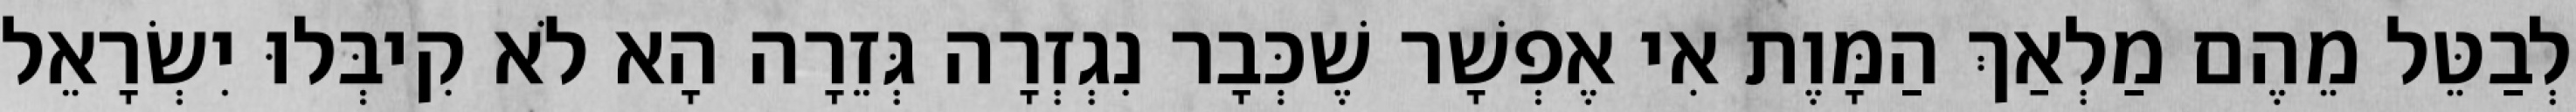
לְבַטֵּל מֵהֶם מַלְאַךְ הַמָּוֶת אִי אֶפְשָׁר שֶׁכְּבָר נִגְזְרָה גְּזֵרָה הָא לֹא קִיבְּלוּ יִשְׂרָאֵל